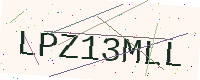
Text: LPZ13MLL